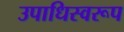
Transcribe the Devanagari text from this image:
उपाधिस्वरूप